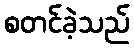
စတင်ခဲ့သည်